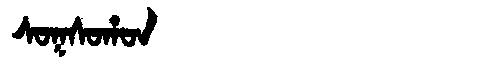
Manchu: ᠰᠣᡴᠰᠣᡥᠣᠨ
Romanization: SOKSOHON